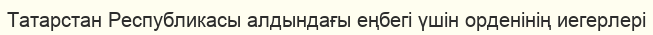
Татарстан Республикасы алдындағы еңбегі үшін орденінің иегерлері